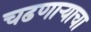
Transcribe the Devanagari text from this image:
चढणार्‍याचा